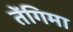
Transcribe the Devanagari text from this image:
तेंगिमा